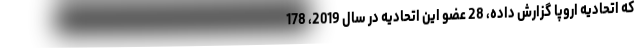
که اتحادیه اروپا گزارش داده، 28 عضو این اتحادیه در سال 2019، 178